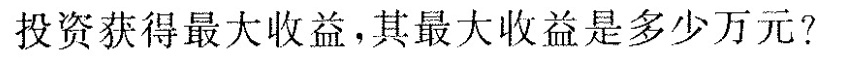
投资获得最大收益，其最大收益是多少万元?